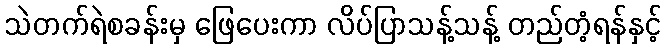
သဲတက်ရဲစခန်းမှ ဖြေပေးကာ လိပ်ပြာသန့်သန့် တည်တံ့ရန်နှင့်